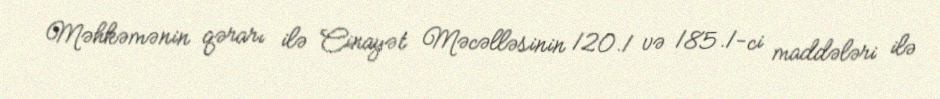
Məhkəmənin qərarı ilə Cinayət Məcəlləsinin 120.1 və 185.1-ci maddələri ilə